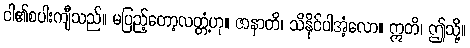
ငါ၏စပါးကျီသည်။ မပြည့်တော့လတ္တံ့ဟု။ ဇာနာတိ၊ သိနိုင်ပါအံ့လော။ ဣတိ၊ ဤသို့။